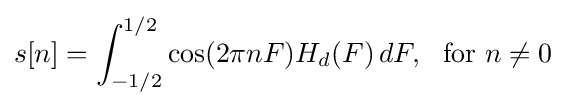
s[n]=\int _{-1/2}^{1/2}\cos(2\pi nF)H_{d}(F)\,dF,\ {\text{ for }}n\neq 0